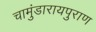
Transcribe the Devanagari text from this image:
चामुंडारायपुराण